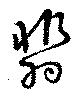
翡